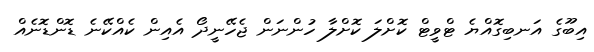
އިބޫގެ އަނބިގޮއްޔެ ޓްވީޓް ކޮށްލަ ކޮށްލާ ހުންނަން ޖެހޭނީދޯ އެއިން ކެއްކޭނެ ޑޮންޑޮނެއް